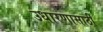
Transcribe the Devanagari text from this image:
उधारणासाठी